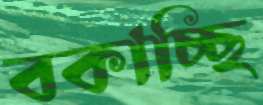
বকাচ্ছি